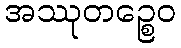
အဿုတဉ္စေဝ